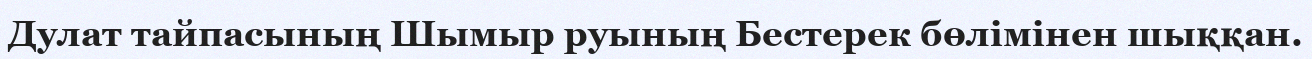
Дулат тайпасының Шымыр руының Бестерек бөлімінен шыққан.